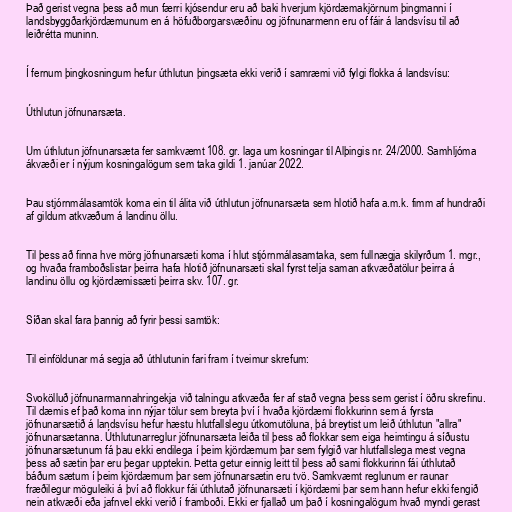
Það gerist vegna þess að mun færri kjósendur eru að baki hverjum kjördæmakjörnum þingmanni í
landsbyggðarkjördæmunum en á höfuðborgarsvæðinu og jöfnunarmenn eru of fáir á landsvísu til að
leiðrétta muninn.

Í fernum þingkosningum hefur úthlutun þingsæta ekki verið í samræmi við fylgi flokka á landsvísu:

Úthlutun jöfnunarsæta.

Um úthlutun jöfnunarsæta fer samkvæmt 108. gr. laga um kosningar til Alþingis nr. 24/2000. Samhljóma
ákvæði er í nýjum kosningalögum sem taka gildi 1. janúar 2022.

Þau stjórnmálasamtök koma ein til álita við úthlutun jöfnunarsæta sem hlotið hafa a.m.k. fimm af hundraði
af gildum atkvæðum á landinu öllu.

Til þess að finna hve mörg jöfnunarsæti koma í hlut stjórnmálasamtaka, sem fullnægja skilyrðum 1. mgr.,
og hvaða framboðslistar þeirra hafa hlotið jöfnunarsæti skal fyrst telja saman atkvæðatölur þeirra á
landinu öllu og kjördæmissæti þeirra skv. 107. gr.

Síðan skal fara þannig að fyrir þessi samtök:

Til einföldunar má segja að úthlutunin fari fram í tveimur skrefum:

Svokölluð jöfnunarmannahringekja við talningu atkvæða fer af stað vegna þess sem gerist í öðru skrefinu.
Til dæmis ef það koma inn nýjar tölur sem breyta því í hvaða kjördæmi flokkurinn sem á fyrsta
jöfnunarsætið á landsvísu hefur hæstu hlutfallslegu útkomutöluna, þá breytist um leið úthlutun "allra"
jöfnunarsætanna. Úthlutunarreglur jöfnunarsæta leiða til þess að flokkar sem eiga heimtingu á síðustu
jöfnunarsætunum fá þau ekki endilega í þeim kjördæmum þar sem fylgið var hlutfallslega mest vegna
þess að sætin þar eru þegar upptekin. Þetta getur einnig leitt til þess að sami flokkurinn fái úthlutað
báðum sætum í þeim kjördæmum þar sem jöfnunarsætin eru tvö. Samkvæmt reglunum er raunar
fræðilegur möguleiki á því að flokkur fái úthlutað jöfnunarsæti í kjördæmi þar sem hann hefur ekki fengið
nein atkvæði eða jafnvel ekki verið í framboði. Ekki er fjallað um það í kosningalögum hvað myndi gerast